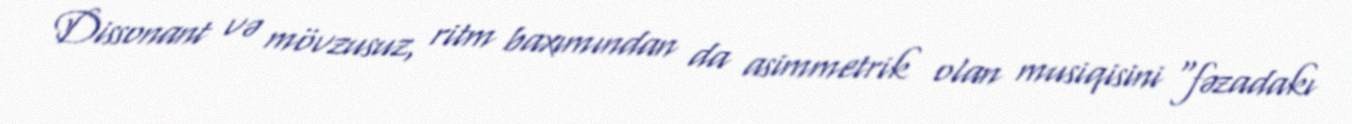
Dissonant və mövzusuz, ritm baxımından da asimmetrik olan musiqisini "fəzadakı